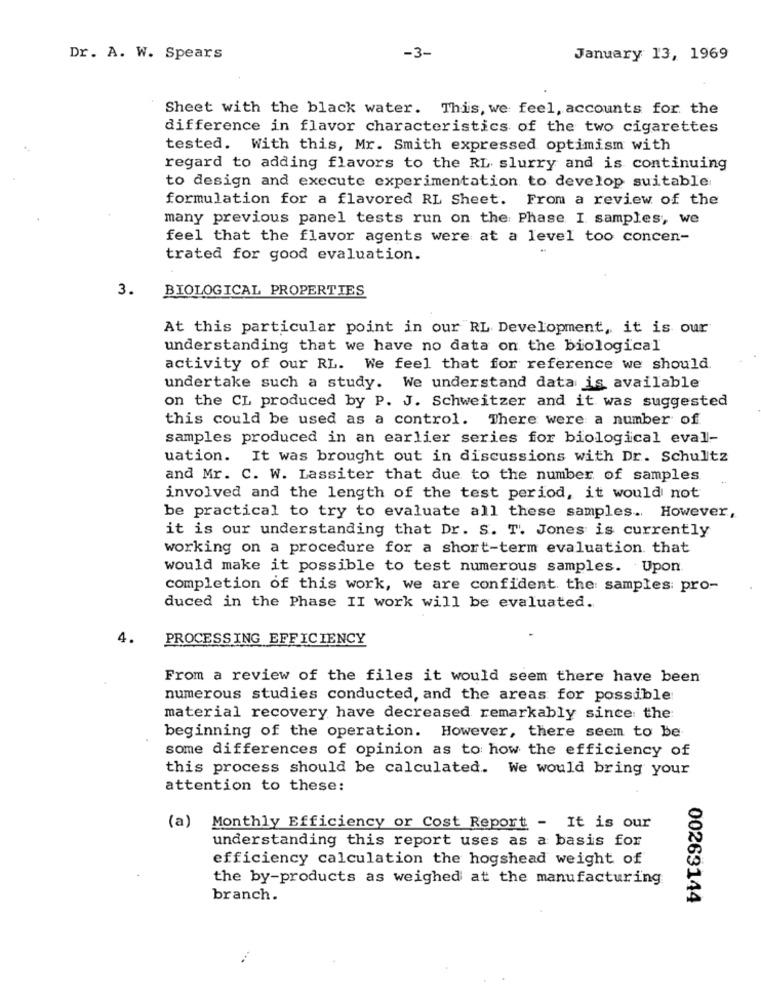
Dr. A. W. Spears
-3-
January 13, 1969
Sheet with the black water. This, we feel, accounts for the
difference in flavor characteristics of the two cigarettes
tested. With this, Mr. Smith expressed optimism with
regard to adding flavors to the RL slurry and is continuing
to design and execute experimentation to develop suitable
formulation for a flavored RL Sheet. From a review of the
many previous panel tests run on the Phase I samples, we
feel that the flavor agents were at a level too concen-
-
trated for good evaluation.
3.
BIOLOGICAL PROPERTIES
At this particular point in our RL Development, it is our
understanding that we have no data on the biological
activity of our RL. We feel that for reference we should.
undertake such a study. We understand data is available
on the CL produced by P. J. Schweitzer and it was suggested
this could be used as a control. There were a number of
samples produced in an earlier series for biological eval-
uation. It was brought out in discussions with Dr. Schultz
and Mr. C. W. Lassiter that due to the number of samples
involved and the length of the test period, it would not
be practical to try to evaluate all these samples .. However,
it is our understanding that Dr. S. T. Jones is currently
working on a procedure for a short-term evaluation that
would make it possible to test numerous samples. Upon
completion of this work, we are confident. the samples: pro-
duced in the Phase II work will be evaluated.
4.
PROCESSING EFFICIENCY
From a review of the files it would seem there have been
numerous studies conducted, and the areas for possible
material recovery have decreased remarkably since the:
beginning of the operation. However, there seem to be
some differences of opinion as to how the efficiency of
this process should be calculated. We would bring your
attention to these:
(a)
Monthly Efficiency or Cost Report - It is our
understanding this report uses as a basis for
efficiency calculation the hogshead weight of
the by-products as weighed at the manufacturing
branch.
00263144